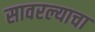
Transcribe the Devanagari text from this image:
सावरल्याचा